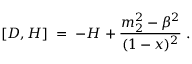
[ D , { \cal H } ] \; = \; - { \cal H } + \frac { m _ { 2 } ^ { 2 } - \beta ^ { 2 } } { ( 1 - x ) ^ { 2 } } \; .